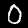
Digit: 0